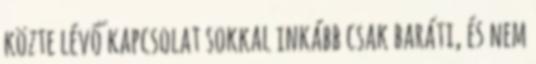
közte lévő kapcsolat sokkal inkább csak baráti, és nem